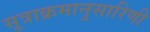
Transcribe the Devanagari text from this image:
सूत्राक्रमानुसारिणी